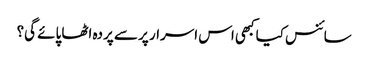
سائنس کیا کبھی اس اسرار پر سے پردہ اٹھا پائے گی؟